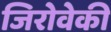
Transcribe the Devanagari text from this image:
जिरोवेकी